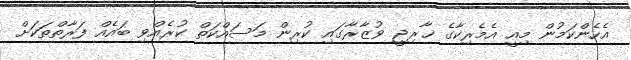
އެހެންކަމުން މިއީ އެމެރިކާގެ ޚާރިޖީ ވުޒާރާގައި ކުރިން މަސައްކަތް ކުރެއްވި ބައެއް ފަރާތްތަކަށް